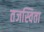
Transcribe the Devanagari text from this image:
तजस्विता